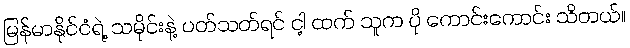
မြန်မာနိုင်ငံရဲ့ သမိုင်းနဲ့ ပတ်သတ်ရင် ငါ့ ထက် သူက ပို ကောင်းကောင်း သိတယ်။